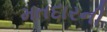
મતદારની